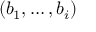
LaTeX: ( b _ { 1 } , \dots , b _ { i } )